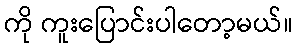
ကို ကူးပြောင်းပါတော့မယ်။